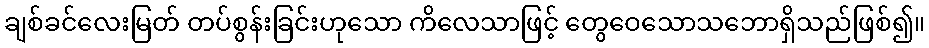
ချစ်ခင်လေးမြတ် တပ်စွန်းခြင်းဟုသော ကိလေသာဖြင့် တွေဝေသောသဘောရှိသည်ဖြစ်၍။